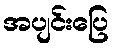
အပျင်းပြေ